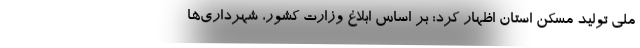
ملی تولید مسکن استان اظهار کرد: بر اساس ابلاغ وزارت کشور، شهرداری‌ها